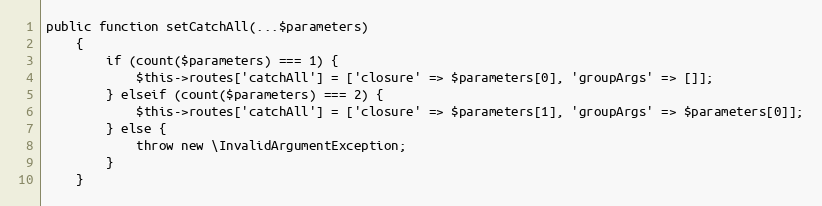
Language: PHP
public function setCatchAll(...$parameters)
    {
        if (count($parameters) === 1) {
            $this->routes['catchAll'] = ['closure' => $parameters[0], 'groupArgs' => []];
        } elseif (count($parameters) === 2) {
            $this->routes['catchAll'] = ['closure' => $parameters[1], 'groupArgs' => $parameters[0]];
        } else {
            throw new \InvalidArgumentException;
        }
    }